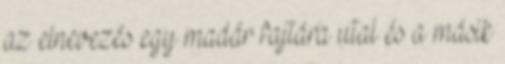
az elnevezés egy madár fajtára utal és a másik